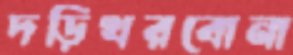
দড়িখরবোনা